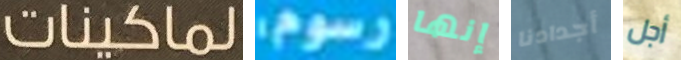
لماكينات رسوم إنها أجدادنا أجل